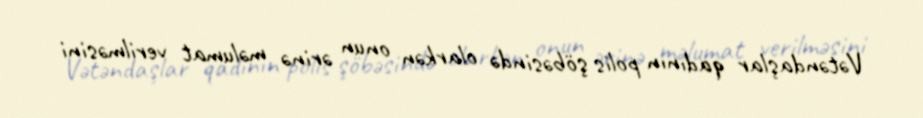
Vətəndaşlar qadının polis şöbəsində olarkən onun ərinə məlumat verilməsini